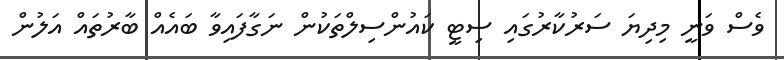
ވެސް ވަނީ މިދިޔަ ސަރުކާރުގައި ސިޓީ ކައުންސިލްތަކުން ނަގާފައިވާ ބައެއް ބާރުތައް އަލުން